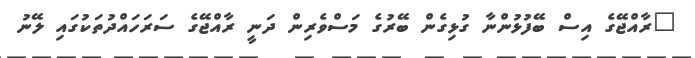
"ރާއްޖޭގެ އިސް ބޭފުޅުންނާ ގުޅިގެން ބޭރުގެ މަސްވެރިން ދަނީ ރާއްޖޭގެ ސަރަހައްދުތަކުގައި ލޭނު